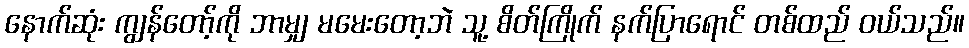
နောက်ဆုံး ကျွန်တော့်ကို ဘာမျှ မမေးတော့ဘဲ သူ့ စိတ်ကြိုက် နက်ပြာရောင် တစ်ထည် ဝယ်သည်။